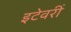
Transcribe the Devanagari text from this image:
इटेवरीं